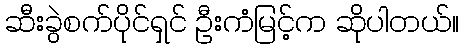
ဆီးခွဲစက်ပိုင်ရှင် ဦးကံမြင့်က ဆိုပါတယ်။